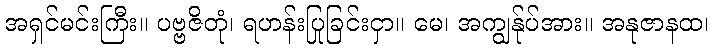
အရှင်မင်းကြီး။ ပဗ္ဗဇိတုံ၊ ရဟန်းပြုခြင်းငှာ။ မေ၊ အကျွန်ုပ်အား။ အနုဇာနထ၊